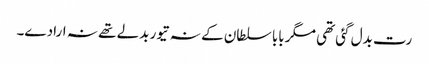
رت بدل گئی تھی مگر بابا سلطان کے نہ تیور بدلے تھے نہ ارادے۔